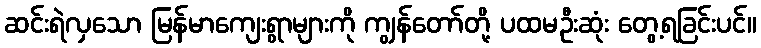
ဆင်းရဲလှသော မြန်မာကျေးရွာများကို ကျွန်တော်တို့ ပထမဦးဆုံး တွေ့ရခြင်းပင်။